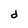
Character: d